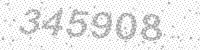
Solution: 345908